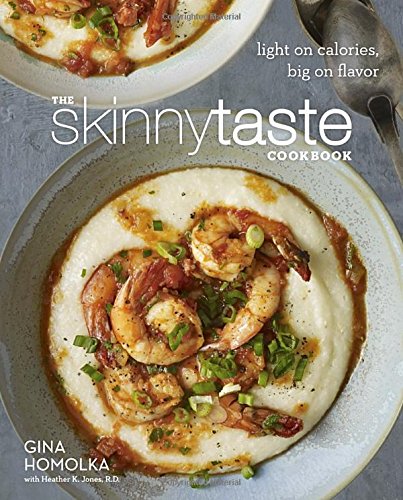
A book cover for The Skinnytaste Cookbook: Light on Calories, Big on Flavor; Gina Homolka; Cookbooks, Food & Wine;